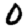
Digit: 0